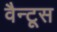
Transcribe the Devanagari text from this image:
वैन्टूस